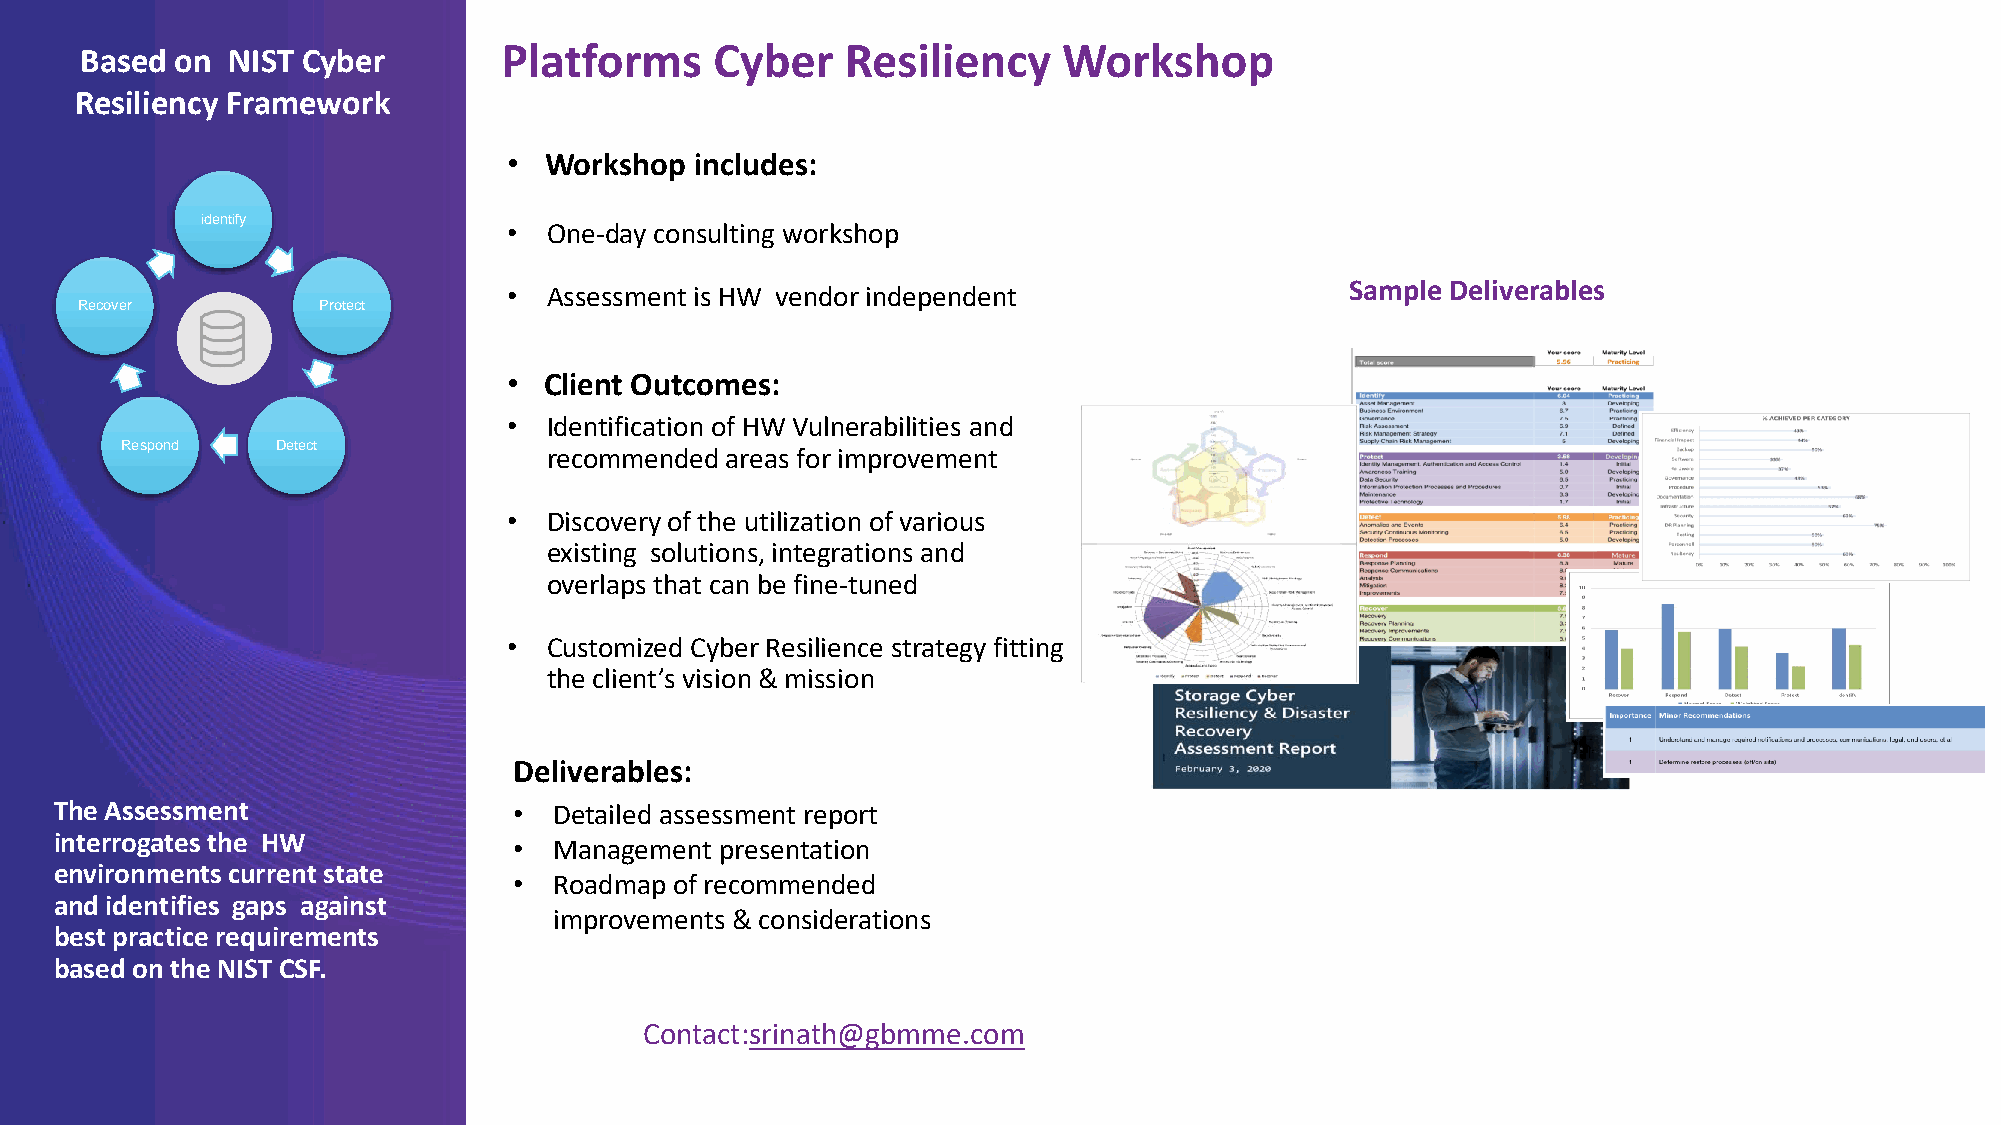
Platforms     Cyber    Resiliency    Workshop
 Based  on NIST Cyber
 Resiliency Framework
 • Workshop  includes:
 identify
 • One-day consulting workshop
 Sample Deliverables
 • Assessment is HW vendor independent
 Recover         Protect
 • Client Outcomes:
 • Identification of HW Vulnerabilities and
 Respond   Detect
 recommended areas for improvement
 • Discovery of the utilization of various
 existing solutions, integrations and
 overlaps that can be fine-tuned
 • Customized Cyber Resilience strategy fitting
 the client’s vision & mission
 Deliverables:
 The Assessment                •  Detailed assessment report
 interrogates the HW
 •  Management presentation
 environments current state
 •  Roadmap of recommended
 and identifies gaps against
 improvements & considerations
 best practice requirements
 based on the NIST CSF.
 Contact:srinath@gbmme.com
 INSPIRING YOUR
 FUTURE